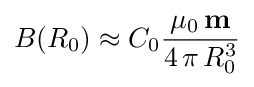
B(R_{0})\approx C_{0}{\frac {\mu _{0}\,\mathbf {m} }{4\,\pi \,R_{0}^{3}}}